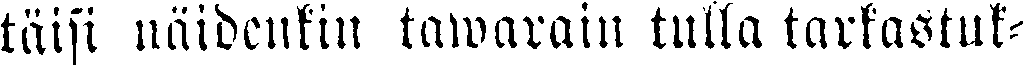
täisi näidenkin tawarain tulla tarkastuk-